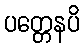
ပတ္တေနပိ